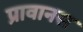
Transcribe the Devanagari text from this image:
प्रावानस